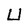
Character: U